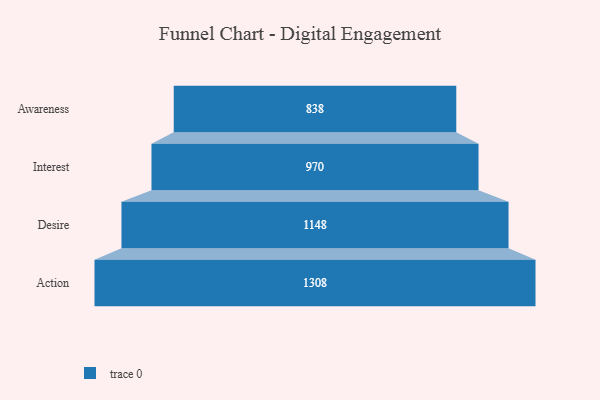
{"axis": {"x": "Stage", "y": "Value"}, "legend": [""], "data": [{"x": "Awareness", "y": 838.0, "type": ""}, {"x": "Interest", "y": 970.0, "type": ""}, {"x": "Desire", "y": 1148.0, "type": ""}, {"x": "Action", "y": 1308.0, "type": ""}]}